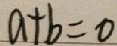
a + b = 0